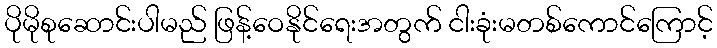
ပိုမိုစုဆောင်းပါမည် ဖြန့်ဝေနိုင်ရေးအတွက် ငါးခုံးမတစ်ကောင်ကြောင့်